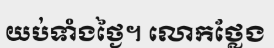
យប់ទាំងថ្ងៃ។ លោកថ្លែង